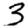
Digit: 3